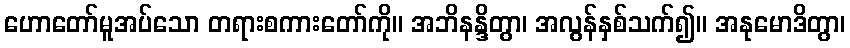
ဟောတော်မူအပ်သော တရားစကားတော်ကို။ အဘိနန္ဒိတွာ၊ အလွန်နှစ်သက်၍။ အနုမောဒိတွာ၊